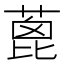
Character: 蓖